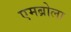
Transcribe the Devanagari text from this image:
एमब्रोला